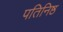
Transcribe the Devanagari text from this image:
पतिनिष्ठ